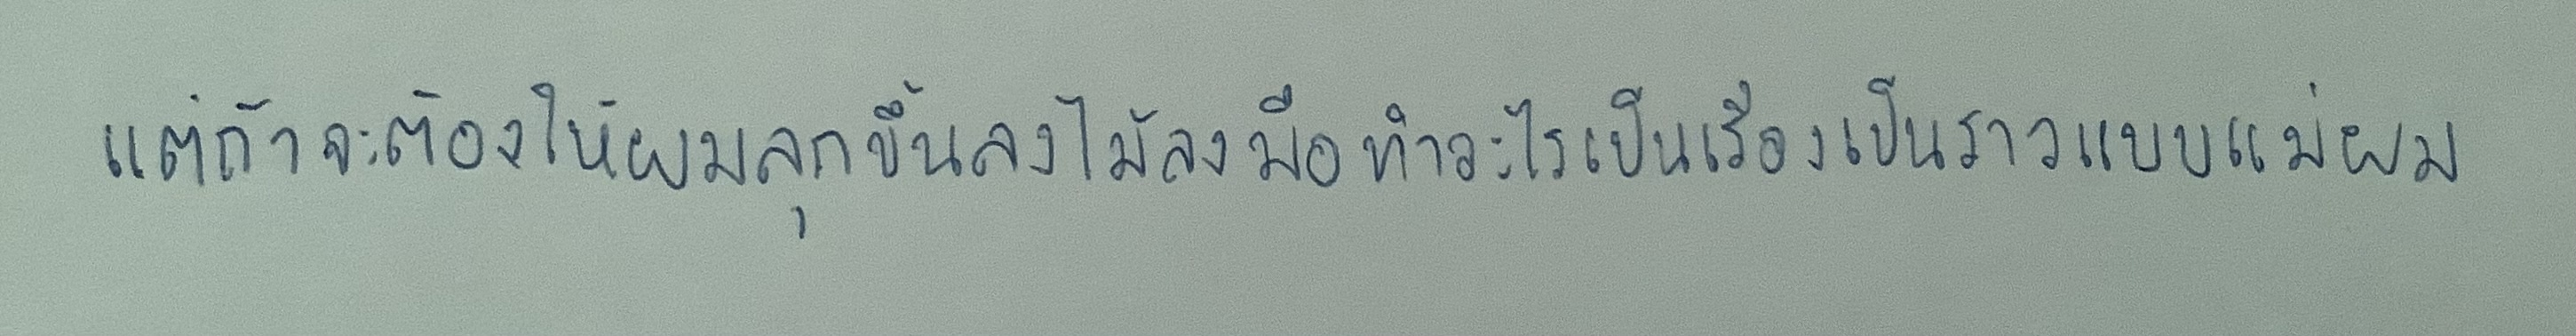
แต่ถ้าจะต้องให้ผมลุกขึ้นลงไม้ลงมือทำอะไรเป็นเรื่องเป็นราวแบบแม่ผม